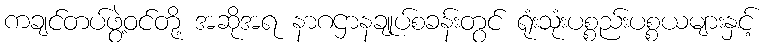
ကချင်တပ်ဖွဲ့ဝင်တို့ အဆိုအရ နာဂဌာနချုပ်စခန်းတွင် ရုံးသုံးပစ္စည်းပစ္စယများနှင့်